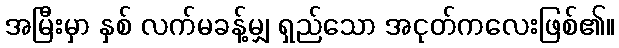
အမြီးမှာ နှစ် လက်မခန့်မျှ ရှည်သော အငုတ်ကလေးဖြစ်၏။